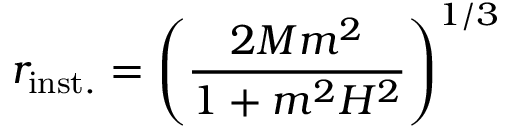
r _ { \mathrm { i n s t . } } = \left( \frac { 2 M m ^ { 2 } } { 1 + m ^ { 2 } H ^ { 2 } } \right) ^ { 1 / 3 }